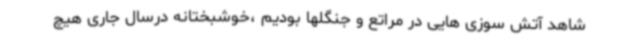
شاهد آتش سوزی هایی در مراتع و جنگلها بودیم ،خوشبختانه درسال جاری هیچ